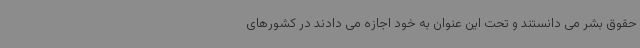
حقوق بشر می دانستند و تحت این عنوان به خود اجازه می دادند در کشورهای